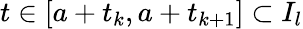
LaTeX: t\in[a+t_{k},a+t_{k+1}]\subset I_{l}